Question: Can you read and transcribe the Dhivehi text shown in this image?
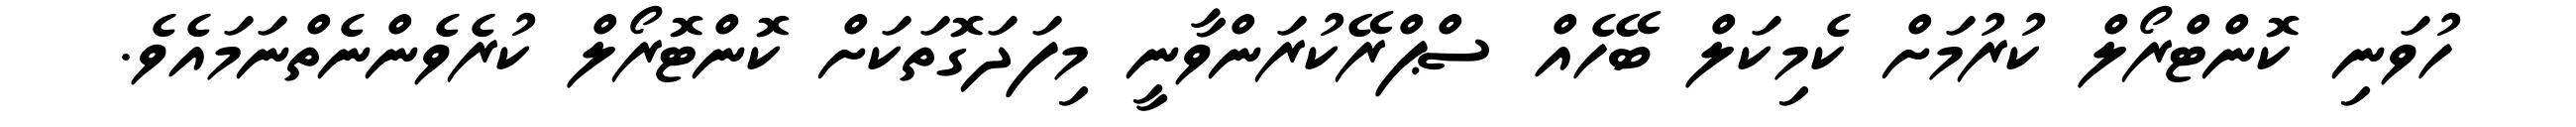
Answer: ހުވަނި ކޮންޓްރޯލް ކުރުމަށް ކެމިކަލް ބޭހެއް ސްޕްރޭކުރަންވާނީ މިފަދަގޮތަކަށް ކޮންޓޮރޯލް ކުރެވެންނެތްނަމައެވެ.